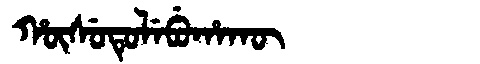
Manchu: ᡥᡡᠰᡠᡨᡠᠯᡝᠪᡠᡥᠠᡴᡡ
Romanization: HŪSUTULEBUHAKŪ